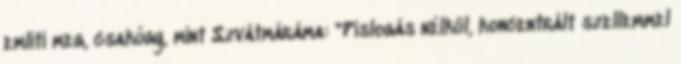
említi meg, csakúgy, mint Szvátmáráma: "Pislogás nélkül, koncentrált szellemmel